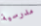
مدرسية